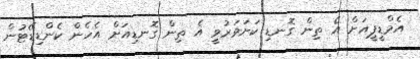
އެމްޑީޕީއަށް އެ ތިން ގޮނޑި ކަށަވަރުވީ އެ ތިން ގޮނޑިއަށް އެހެން ކެންޑިޑޭޓުން